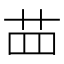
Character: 𦭝